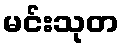
မင်းသုတ